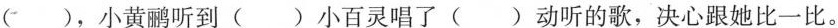
()，小黄鹂听到()小百灵唱了()动听的歌，决心跟她比一比。